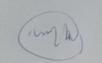
Signature authenticity: forged